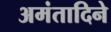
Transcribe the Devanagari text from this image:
अमंतादिने